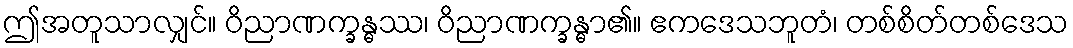
ဤအတူသာလျှင်။ ဝိညာဏက္ခန္ဓဿ၊ ဝိညာဏက္ခန္ဓာ၏။ ဧကဒေသဘူတံ၊ တစ်စိတ်တစ်ဒေသ